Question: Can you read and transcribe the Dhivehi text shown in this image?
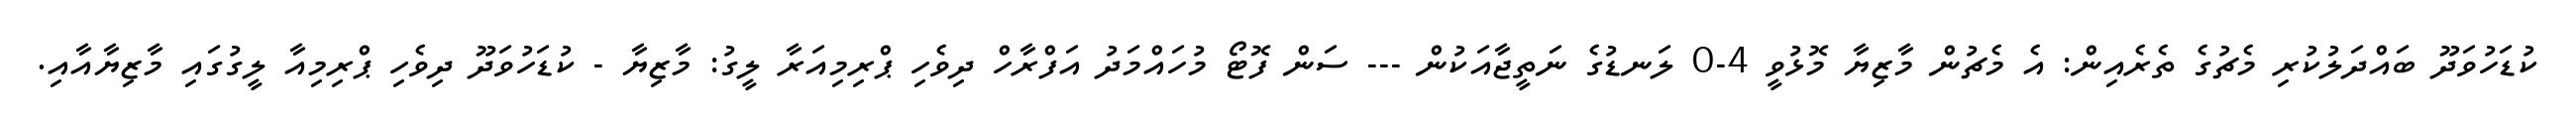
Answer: ކުޑަހުވަދޫ ބައްދަލުކުރި މެޗުގެ ތެރެއިން: އެ މެޗުން މާޒިޔާ މޮޅުވީ 4-0 ލަނޑުގެ ނަތީޖާއަކުން --- ސަން ފޮޓޯ މުހައްމަދު އަފްރާހް ދިވެހި ޕްރިމިއަރާ ލީގު: މާޒިޔާ - ކުޑަހުވަދޫ ދިވެހި ޕްރިމިއާ ލީގުގައި މާޒިޔާއާއި.